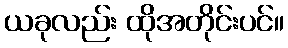
ယခုလည်း ထိုအတိုင်းပင်။